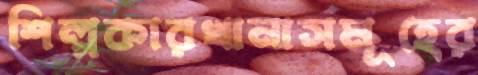
শিল্পকারখানাসমূহের